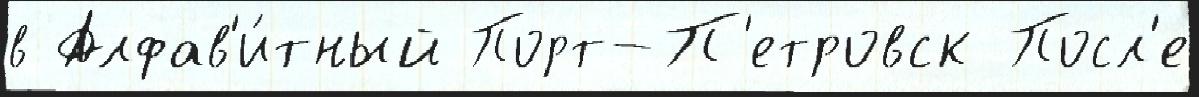
в Алфав'и́тный Порт-П'етровск Посл'е